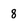
Character: 8